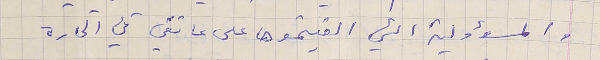
والمسؤولية التي القيتموها على عاتقي في الحارة